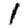
Digit: 1